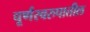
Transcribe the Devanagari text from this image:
चूर्णस्वरुपातील